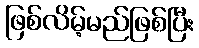
ဖြစ်လိမ့်မည်ဖြစ်ပြီး